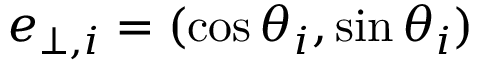
\boldsymbol { e } _ { \bot , i } = ( \cos \theta _ { i } , \sin \theta _ { i } )